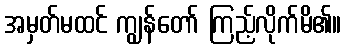
အမှတ်မထင် ကျွန်တော် ကြည့်လိုက်မိ၏။